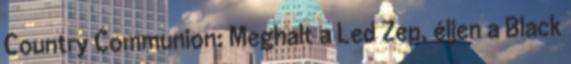
Country Communion: Meghalt a Led Zep, éljen a Black